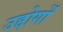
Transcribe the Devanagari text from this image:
उद्दोगों